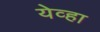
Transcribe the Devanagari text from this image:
येव्हा